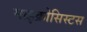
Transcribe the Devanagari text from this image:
माइक्रोसिस्टस